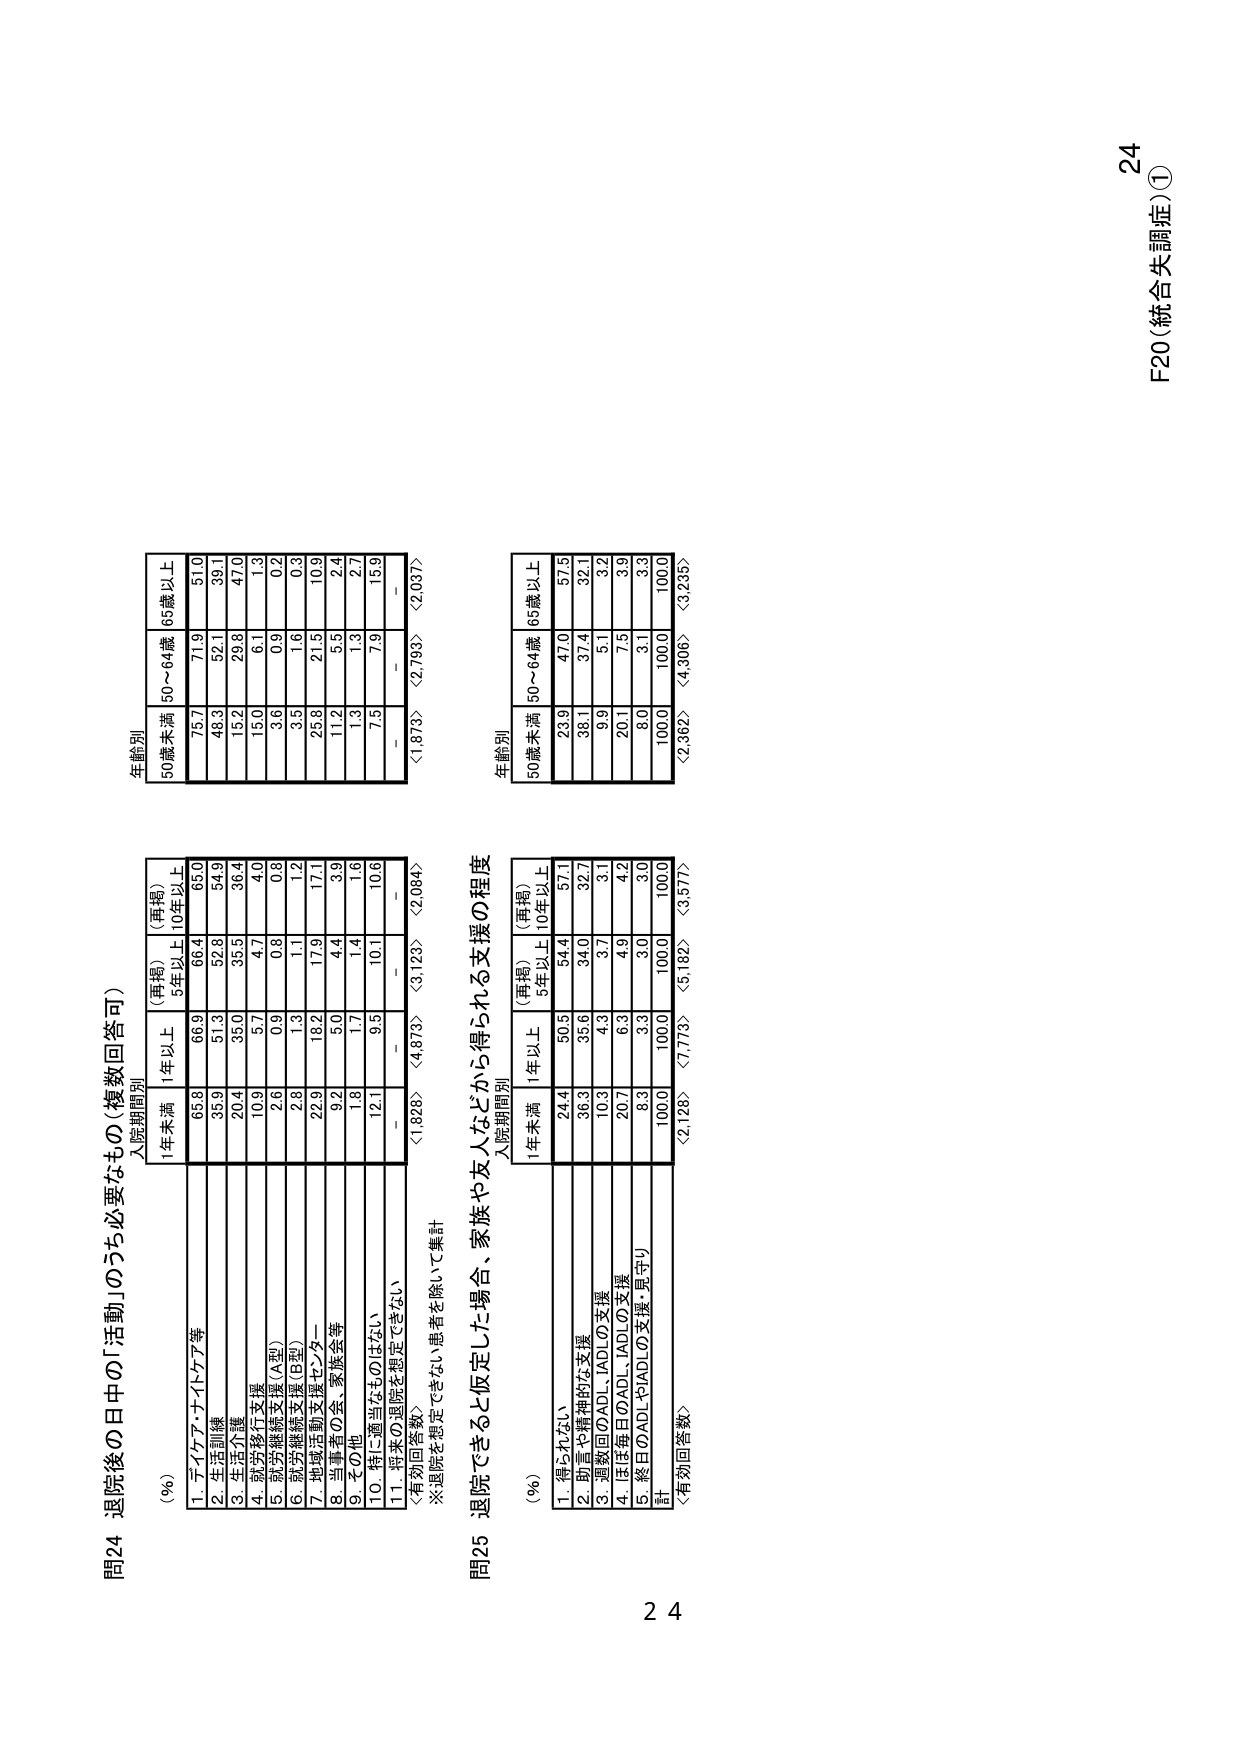
問24 退院後の日中の「活動」のうち必要なもの（複数回答可）

（％）
入院期間別
1年未満　1年以上　（再掲）5年以上　（再掲）10年以上
1. テイケア・ナイトケア等　65.8　66.9　66.4　65.0
2. 生活訓練　35.9　51.3　52.8　54.9
3. 生活介護　20.4　35.0　35.5　36.4
4. 就労移行支援　10.9　5.7　4.7　4.0
5. 就労継続支援（A型）　2.6　0.9　0.8　0.8
6. 就労継続支援（B型）　2.8　1.3　1.1　1.2
7. 地域活動支援センター　22.9　18.2　17.9　17.1
8. 当事者の会、家族会等　9.2　5.0　4.4　3.9
9. その他　1.8　1.7　1.4　1.6
10. 特に適当なものはない　12.1　9.5　10.1　10.6
11. 将来の退院を想定できない　－　－　－　－
〈有効回答数〉　〈1,828〉　〈4,873〉　〈3,123〉　〈2,084〉

年齢別
50歳未満　50～64歳　65歳以上
75.7　71.9　51.0
48.3　52.1　39.1
15.2　29.8　47.0
15.0　6.1　1.3
3.6　0.9　0.2
3.5　1.6　0.3
25.8　21.5　10.9
11.2　5.5　2.4
1.3　1.3　2.7
7.5　7.9　15.9
－　－　－
〈1,873〉　〈2,793〉　〈2,037〉

問25 退院できると仮定した場合、家族や友人などから得られる支援の程度

（％）
入院期間別
1年未満　1年以上　（再掲）5年以上　（再掲）10年以上
1. 得られない　24.4　50.5　54.4　57.1
2. 助言や精神的な支援　36.3　35.6　34.0　32.7
3. 週数回のADL・IADLの支援　10.3　4.3　3.7　3.1
4. ほぼ毎日のADL・IADLの支援　20.7　6.3　4.9　4.2
5. 繁日のADLやIADLの支援・見守り　8.3　3.3　3.0　3.0
計　100.0　100.0　100.0　100.0
〈有効回答数〉　〈2,128〉　〈7,773〉　〈5,182〉　〈3,577〉

年齢別
50歳未満　50～64歳　65歳以上
23.9　47.0　57.5
38.1　37.4　32.1
9.9　5.1　3.2
20.1　7.5　3.9
8.0　3.1　3.3
100.0　100.0　100.0
〈2,362〉　〈4,306〉　〈3,235〉

24
F20（統合失調症）①